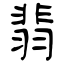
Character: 翡